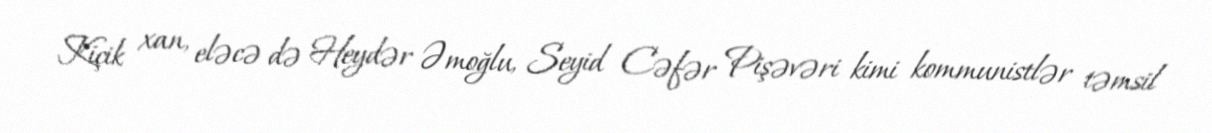
Kiçik xan, eləcə də Heydər Əmoğlu, Seyid Cəfər Pişəvəri kimi kommunistlər təmsil